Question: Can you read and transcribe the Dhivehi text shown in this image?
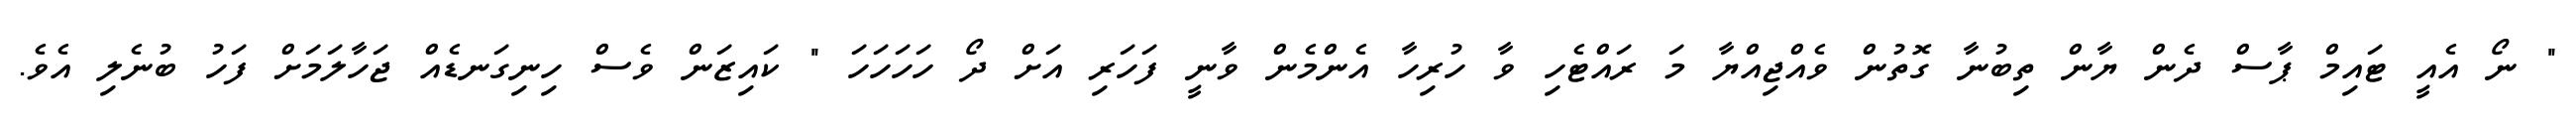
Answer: " ނޯ އެއީ ޓައިމް ޕާސް ދެން ޔާން ތިބުނާ ގޮތުން ވެއްޖިއްޔާ މަ ރައްޓެހި ވާ ހުރިހާ އެންމެން ވާނީ ފަހަރި އަށް ދޯ ހަހަހަހަ " ކައިޒަން ވެސް ހިނިގަނޑެއް ޖަހާލަމަށް ފަހު ބުނެލި އެވެ.